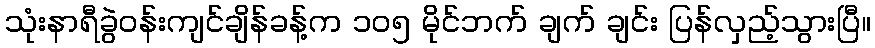
သုံးနာရီခွဲဝန်းကျင်ချိန်ခန့်က ၁၀၅ မိုင်ဘက် ချက် ချင်း ပြန်လှည့်သွားပြီ။